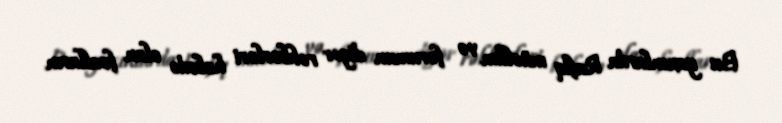
Bu yaxınlarda Rafiq müəllim və forumun digər rəhbərləri həbsdə olan fəalların